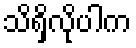
သိရှိလိုပါက